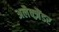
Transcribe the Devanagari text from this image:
अलैक्‍ज़ैंडर